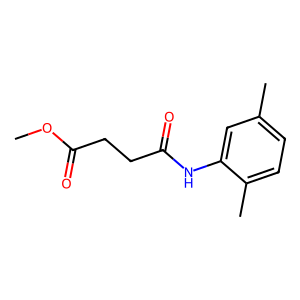
SMILES: COC(=O)CCC(=O)Nc1cc(C)ccc1C
Inhibits HIV replication: No